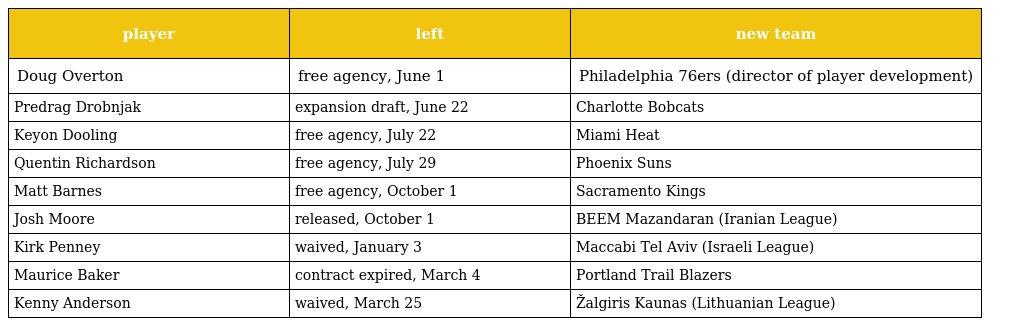
| player | left | new team |
 | --- | --- | --- |
 | Doug Overton | free agency, June 1 | Philadelphia 76ers (director of player development) |
 | Predrag Drobnjak | expansion draft, June 22 | Charlotte Bobcats |
 | Keyon Dooling | free agency, July 22 | Miami Heat |
 | Quentin Richardson | free agency, July 29 | Phoenix Suns |
 | Matt Barnes | free agency, October 1 | Sacramento Kings |
 | Josh Moore | released, October 1 | BEEM Mazandaran (Iranian League) |
 | Kirk Penney | waived, January 3 | Maccabi Tel Aviv (Israeli League) |
 | Maurice Baker | contract expired, March 4 | Portland Trail Blazers |
 | Kenny Anderson | waived, March 25 | Žalgiris Kaunas (Lithuanian League) |